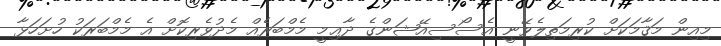
މިއިން މަޤާމަކަށް ކުރިމަތިލެވޭނީ އެސޯސިއޭޝަންގެ ދާޢިމީ މެމްބަރެއް މެދުވެރިކޮށް އެ މެމްބަރަކު ހުށަހަޅާ